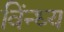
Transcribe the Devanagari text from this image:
विंन्ध्य